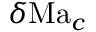
\delta \mathrm { M a } _ { c }